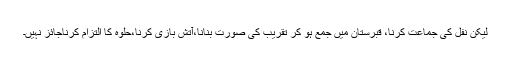
لیکن نفل کی جماعت کرنا، قبرستان میں جمع ہو کر تقریب کی صورت بنانا،آتش بازی کرنا،حلوہ کا التزام کرناجائز نہیں۔